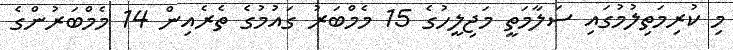
މި ކުރިމަތިލުމުގައި ސަލާމަތީ މަޖިލީހުގެ 15 މެމްބަރު ގައުމުގެ ތެރެއިން 14 މެމްބަރުންގެ